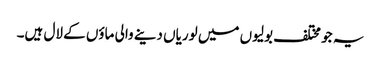
یہ جو مختلف بولیوں میں لوریاں دینے والی ماؤں کے لال ہیں۔